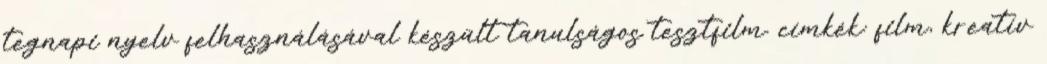
tegnapi nyelv felhasználásával készült tanulságos tesztfilm. címkék: film, kreatív